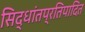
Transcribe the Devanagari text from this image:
सिद्धांतप्रतिपादित